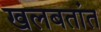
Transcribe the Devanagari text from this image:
खलबतांत